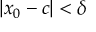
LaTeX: | x _ { 0 } - c | < \delta